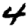
Digit: 4